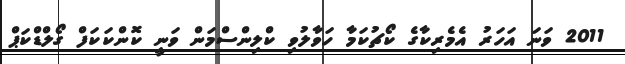
2011 ވަނަ އަހަރު އެމެރިކާގެ ކޯޗުކަމާ ހަވާލުވި ކްލިންސްމަން ވަނީ ކޮންކަކަފް ގޯލްޑްކަޕް